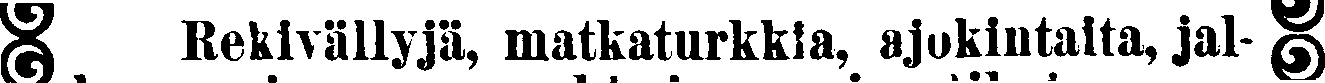
# Rekivällyjä, matkaturkkia, ajokintaita, jal- #